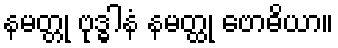
နမတ္တု ဗုဒ္ဓါနံ နမတ္ထု ဗောဓိယာ။